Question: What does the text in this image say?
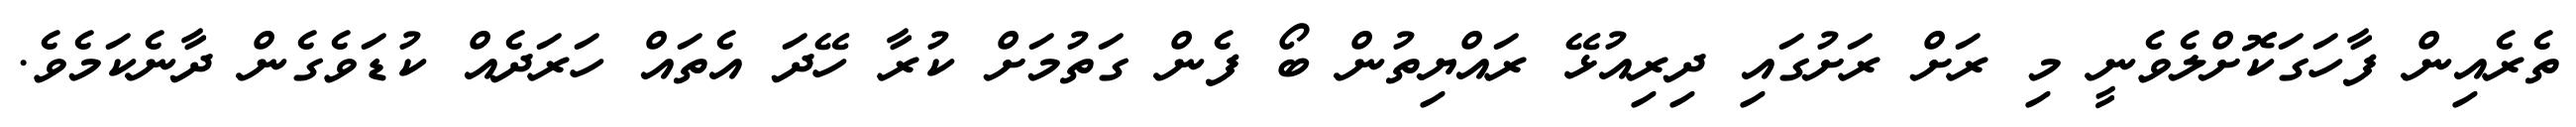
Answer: ތެރެއިން ފާހަގަކޮށްލެވެނީ މި ރަށް ރަށުގައި ދިރިއުޅޭ ރައްޔިތުން ބޯ ފެން ގަތުމަށް ކުރާ ހޭދަ އެތައް ހަރަދެއް ކުޑަވެގެން ދާނެކަމެވެ.